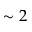
\sim 2